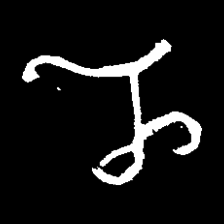
Pyu character \u2014 Myanmar letter: ည (romanized: nya)